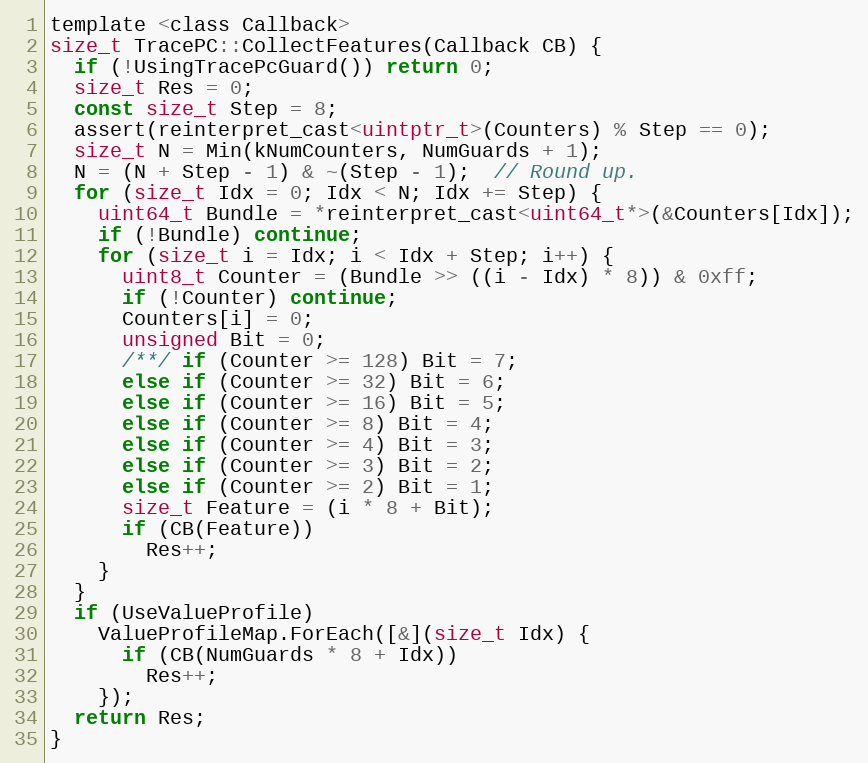
Language: C
template <class Callback>
size_t TracePC::CollectFeatures(Callback CB) {
  if (!UsingTracePcGuard()) return 0;
  size_t Res = 0;
  const size_t Step = 8;
  assert(reinterpret_cast<uintptr_t>(Counters) % Step == 0);
  size_t N = Min(kNumCounters, NumGuards + 1);
  N = (N + Step - 1) & ~(Step - 1);  // Round up.
  for (size_t Idx = 0; Idx < N; Idx += Step) {
    uint64_t Bundle = *reinterpret_cast<uint64_t*>(&Counters[Idx]);
    if (!Bundle) continue;
    for (size_t i = Idx; i < Idx + Step; i++) {
      uint8_t Counter = (Bundle >> ((i - Idx) * 8)) & 0xff;
      if (!Counter) continue;
      Counters[i] = 0;
      unsigned Bit = 0;
      /**/ if (Counter >= 128) Bit = 7;
      else if (Counter >= 32) Bit = 6;
      else if (Counter >= 16) Bit = 5;
      else if (Counter >= 8) Bit = 4;
      else if (Counter >= 4) Bit = 3;
      else if (Counter >= 3) Bit = 2;
      else if (Counter >= 2) Bit = 1;
      size_t Feature = (i * 8 + Bit);
      if (CB(Feature))
        Res++;
    }
  }
  if (UseValueProfile)
    ValueProfileMap.ForEach([&](size_t Idx) {
      if (CB(NumGuards * 8 + Idx))
        Res++;
    });
  return Res;
}